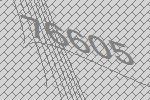
76605